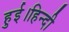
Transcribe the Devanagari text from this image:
हुई।हिन्दी